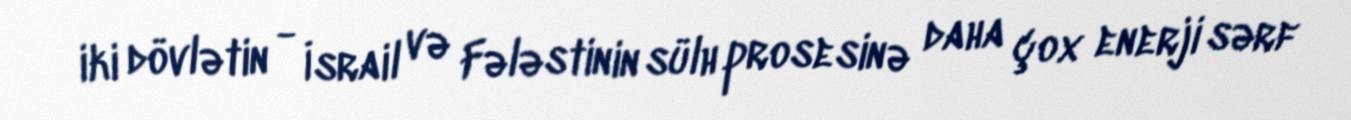
iki dövlətin - İsrail və Fələstinin sülh prosesinə daha çox enerji sərf